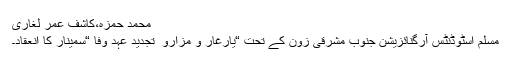
محمد حمزہ،کاشف عمر لغاری
مسلم اسٹوڈنٹس آرگنائزیشن جنوب مشرقی زون کے تحت “یارِغار و مزارو ِ تجدیدِ عہد وفا “سمینار کا انعقاد۔